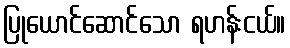
ပြုယောင်ဆောင်သော ရဟန်းငယ်။